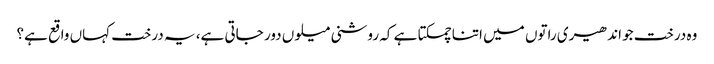
وہ درخت جو اندھیری راتوں میں اتنا چمکتا ہے کہ روشنی میلوں دور جاتی ہے، یہ درخت کہاں واقع ہے؟